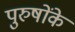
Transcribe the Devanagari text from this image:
पुरुषोंके